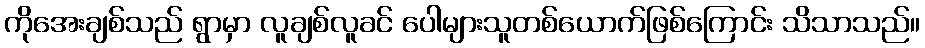
ကိုအေးချစ်သည် ရွာမှာ လူချစ်လူခင် ပေါများသူတစ်ယောက်ဖြစ်ကြောင်း သိသာသည်။